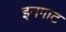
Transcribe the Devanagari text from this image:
इनगाट